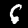
Digit: 6